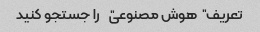
تعریف "هوش مصنوعی" را جستجو کنید